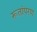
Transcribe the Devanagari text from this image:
रूतांपरण